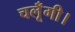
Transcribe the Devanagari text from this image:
चलूँगी।